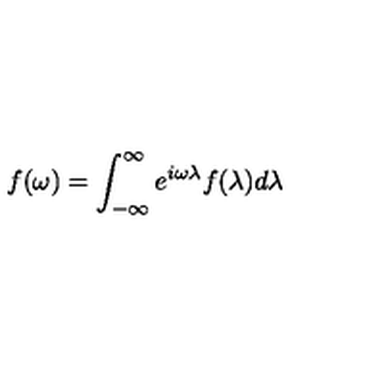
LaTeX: f ( \omega ) = \int _ { - \infty } ^ { \infty } e ^ { i \omega \lambda } f ( \lambda ) d \lambda